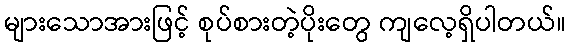
များသောအားဖြင့် စုပ်စားတဲ့ပိုးတွေ ကျလေ့ရှိပါတယ်။